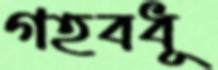
গহবধূ